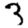
Digit: 3